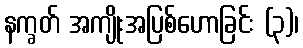
နက္ခတ် အကျိုးအပြစ်ဟောခြင်း (၃)၊